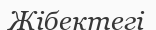
Жібектегі